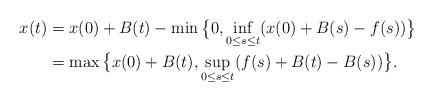
LaTeX: \begin{align*}\begin{aligned}x(t)&=x(0)+B(t)-\min\big\{0,\inf_{0\leq s \leq t}(x(0)+B(s)-f(s))\big\} \\&= \max\big\{x(0)+B(t),\sup_{0\leq s \leq t}(f(s)+B(t)-B(s))\big\}.\end{aligned}\end{align*}